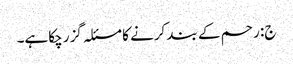
ج: رحم کے بند کرنے کا مسئلہ گزر چکاہے۔